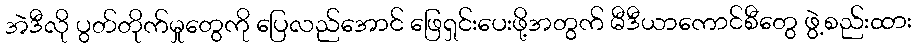
အဲဒီလို ပွတ်တိုက်မှုတွေကို ပြေလည်အောင် ဖြေရှင်းပေးဖို့အတွက် မီဒီယာကောင်စီတွေ ဖွဲ့စည်းထား